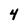
Character: 4